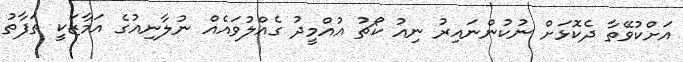
އަށްކުވޭތާ ދެކޮޅަށް ނުކުންނައިރު ނިއު ކޯޗު އުއްމީދު ގެއްލުވައެއް ނުލާނިއުގެ އަމާޒަކީ ތަފާތު